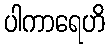
ပါကာရေဟိ